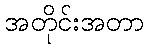
အတိုင်းအတာ